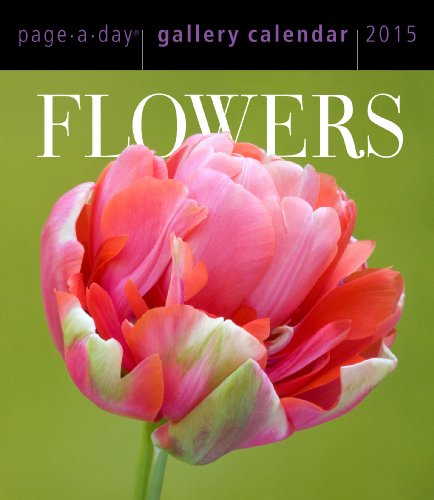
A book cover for Flowers 2015 Gallery Calendar (Workman Gallery Calendar); Workman Publishing; Calendars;